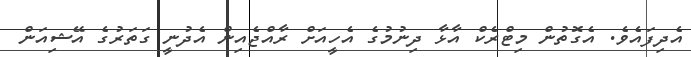
އެދިފައެވެ. އެގޮތުން މިޓްރެކް އާޅާ ދިނުމުގެ އެހީއަށް ރާއްޖެއިން އެދުނީ ގަތަރުގެ އޭޝިއަން